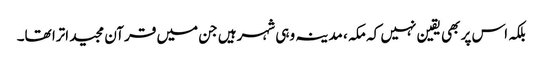
بلکہ اس پر بھی یقین نہیں کہ مکہ ، مدینہ وہی شہرہیں جن میں قرآن مجید اترا تھا۔